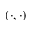
( \cdot , \cdot )